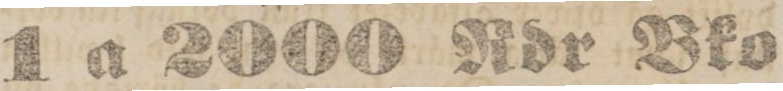
1 a 2000 Rdr Bko